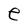
Character: e